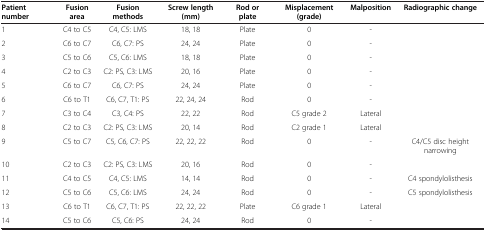
| Patient number | Fusion area | Fusion methods | Screw length (mm) | Rod or plate | Misplacement (grade) | Malposition | Radiographic change |
 | --- | --- | --- | --- | --- | --- | --- | --- |
 | 1 | C4 to C5 | C4, C5: LMS | 18, 18 | Plate | 0 | - |  |
 | 2 | C6 to C7 | C6, C7: PS | 24, 24 | Plate | 0 | - |  |
 | 3 | C5 to C6 | C5, C6: LMS | 18, 18 | Plate | 0 | - |  |
 | 4 | C2 to C3 | C2: PS, C3: LMS | 20, 16 | Plate | 0 | - |  |
 | 5 | C6 to C7 | C6, C7: PS | 24, 24 | Plate | 0 | - |  |
 | 6 | C6 to T1 | C6, C7, T1: PS | 22, 24, 24 | Rod | 0 | - |  |
 | 7 | C3 to C4 | C3, C4: PS | 22, 22 | Rod | C5 grade 2 | Lateral |  |
 | 8 | C2 to C3 | C2: PS, C3: LMS | 20, 14 | Rod | C2 grade 1 | Lateral |  |
 | 9 | C5 to C7 | C5, C6, C7: PS | 22, 22, 22 | Rod | 0 | - | C4/C5 disc height narrowing |
 | 10 | C2 to C3 | C2: PS, C3: LMS | 20, 16 | Rod | 0 | - |  |
 | 11 | C4 to C5 | C4, C5: LMS | 14, 14 | Rod | 0 | - | C4 spondylolisthesis |
 | 12 | C5 to C6 | C5, C6: LMS | 24, 24 | Rod | 0 | - | C5 spondylolisthesis |
 | 13 | C6 to T1 | C6, C7, T1: PS | 22, 22, 22 | Plate | C6 grade 1 | Lateral |  |
 | 14 | C5 to C6 | C5, C6: PS | 24, 24 | Rod | 0 | - |  |